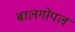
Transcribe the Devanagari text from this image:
बालगोपल